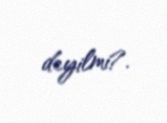
deyilmi?.